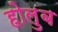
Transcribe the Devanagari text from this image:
होलुब